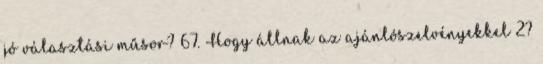
jó választási műsor? 67. Hogy állnak az ajánlószelvényekkel 2?